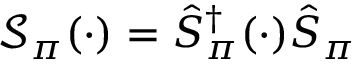
\mathcal S _ { \pi } ( \cdot ) = \hat { S } _ { \pi } ^ { \dagger } ( \cdot ) \hat { S } _ { \pi }